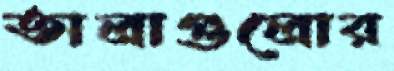
তালাগুলোর